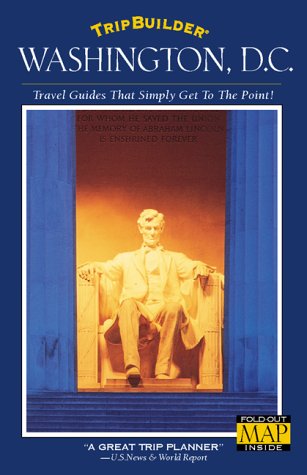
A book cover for TripBuilder: Washington, D.C.; TripBuilder Staff; Travel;